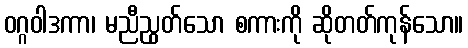
ဝဂ္ဂဝါဒကာ၊ မညီညွတ်သော စကားကို ဆိုတတ်ကုန်သော။